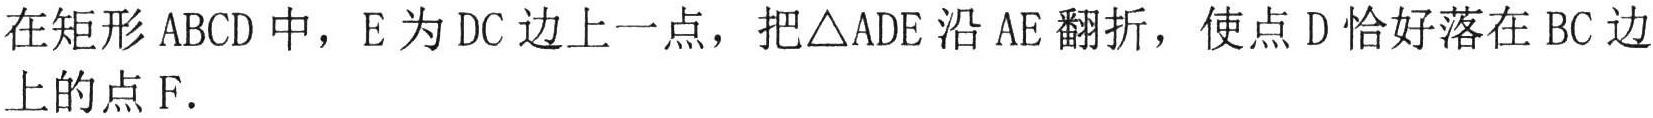
在矩形 \(ABCD\) 中，\(E\) 为 \(DC\) 边上一点，把\(\triangle ADE\) 沿 \(AE\) 翻折，使点 \(D\) 恰好落在 \(BC\) 边上的点 \(F\)．